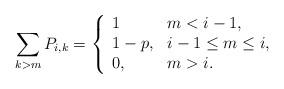
LaTeX: \begin{align*}\sum_{k>m}P_{i,k}=\left\{\begin{array}{ll} 1 & m<i-1,\\ 1-p, & i-1\leq m\leq i,\\0, & m>i.\end{array}\right.\end{align*}